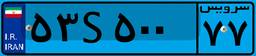
۳۹S۲۶۷۸۴